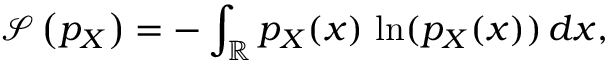
\mathcal { S } \left( p _ { X } \right) = - \int _ { \mathbb { R } } p _ { X } ( x ) \, \ln ( p _ { X } ( x ) ) \, d x ,